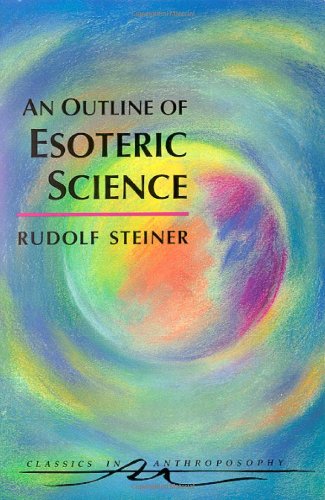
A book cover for An Outline of Esoteric Science (Classics in Anthroposophy); Rudolf Steiner; Religion & Spirituality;